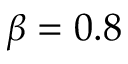
\beta = 0 . 8